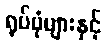
ရုပ်ပုံများနှင့်